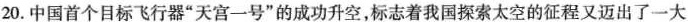
20.中国首个目标飞行器”天宫一号”的成功升空，标志着我国探索太空的征程又迈出了一大